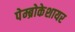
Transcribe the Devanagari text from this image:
पेम्ब्रोकेशायर